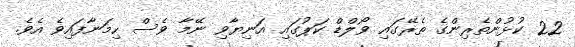
22 ކުޅުންތެރިންގެ ތެރޭގައި ވޯލްޑް ކަޕުގައި އަނިޔާވި ނޭމާ ވެސް ހިމަނާފައިވެ އެވެ.